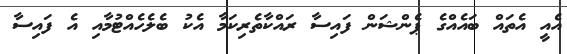
އެއީ އެތައް ބައެއްގެ ޕެންޝަން ފައިސާ ރައްކާތެރިކަމާ އެކު ބެލެހެއްޓުމާއި އެ ފައިސާ